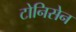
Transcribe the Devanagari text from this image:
टोनिसेन